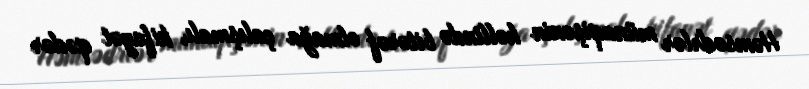
Həmsədrlər münaqişənin həllində bitərəf olmağa çalışmalı, kifayət qədər